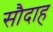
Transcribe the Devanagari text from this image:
सौदाह